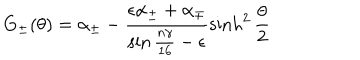
LaTeX: G _ { \pm } ( \theta ) = \alpha _ { \pm } - \frac { \epsilon \alpha _ { \pm } + \alpha _ { \mp } } { \sin { \frac { n \gamma } { 1 6 } } - \epsilon } \sinh ^ { 2 } \frac { \theta } { 2 }